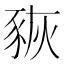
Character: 𧱉